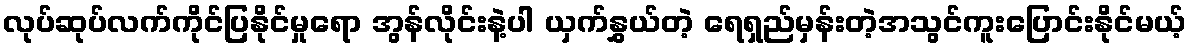
လုပ်ဆုပ်လက်ကိုင်ပြနိုင်မှုရော အွန်လိုင်းနဲ့ပါ ယှက်နွှယ်တဲ့ ရေရှည်မှန်းတဲ့အသွင်ကူးပြောင်းနိုင်မယ့်